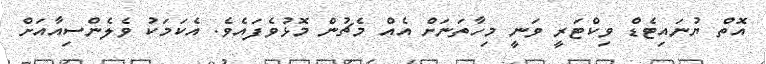
އޮތް ޔުނައިޓެޑް ވިކްޓަރީ ވަނީ މިހާތަނަށް އެއް މެޗުން މޮޅުވެފައެވެ. އެކަމަކު ވެލެންސިއާއަށް